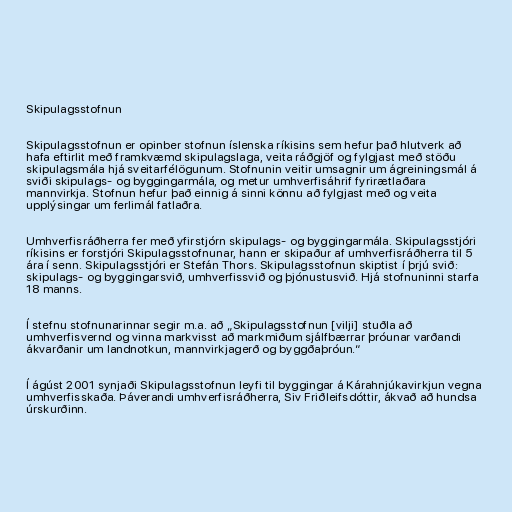
Skipulagsstofnun

Skipulagsstofnun er opinber stofnun íslenska ríkisins sem hefur það hlutverk að
hafa eftirlit með framkvæmd skipulagslaga, veita ráðgjöf og fylgjast með stöðu
skipulagsmála hjá sveitarfélögunum. Stofnunin veitir umsagnir um ágreiningsmál á
sviði skipulags- og byggingarmála, og metur umhverfisáhrif fyrirætlaðara
mannvirkja. Stofnun hefur það einnig á sinni könnu að fylgjast með og veita
upplýsingar um ferlimál fatlaðra.

Umhverfisráðherra fer með yfirstjórn skipulags- og byggingarmála. Skipulagsstjóri
ríkisins er forstjóri Skipulagsstofnunar, hann er skipaður af umhverfisráðherra til 5
ára í senn. Skipulagsstjóri er Stefán Thors. Skipulagsstofnun skiptist í þrjú svið:
skipulags- og byggingarsvið, umhverfissvið og þjónustusvið. Hjá stofnuninni starfa
18 manns.

Í stefnu stofnunarinnar segir m.a. að „Skipulagsstofnun [vilji] stuðla að
umhverfisvernd og vinna markvisst að markmiðum sjálfbærrar þróunar varðandi
ákvarðanir um landnotkun, mannvirkjagerð og byggðaþróun.“

Í ágúst 2001 synjaði Skipulagsstofnun leyfi til byggingar á Kárahnjúkavirkjun vegna
umhverfisskaða. Þáverandi umhverfisráðherra, Siv Friðleifsdóttir, ákvað að hundsa
úrskurðinn.